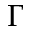
\Gamma